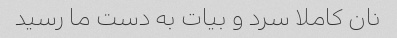
نان کاملا سرد و بیات به دست ما رسید